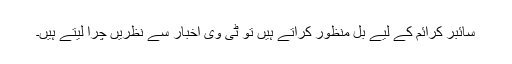
سائبر کرائم کے لیے بل منظور کراتے ہیں تو ٹی وی اخبار سے نظریں چرا لیتے ہیں۔